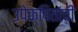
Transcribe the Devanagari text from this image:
उपेक्षितांची